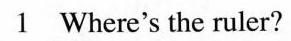
1 Where's the ruler?